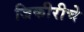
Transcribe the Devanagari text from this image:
जिकीरीचे